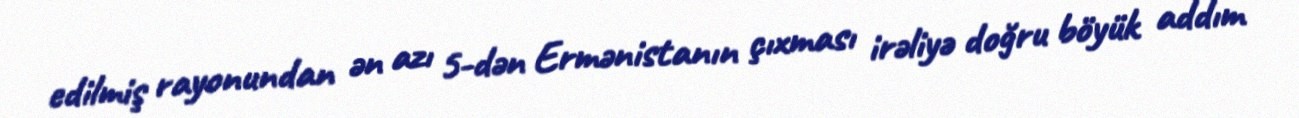
edilmiş rayonundan ən azı 5-dən Ermənistanın çıxması irəliyə doğru böyük addım